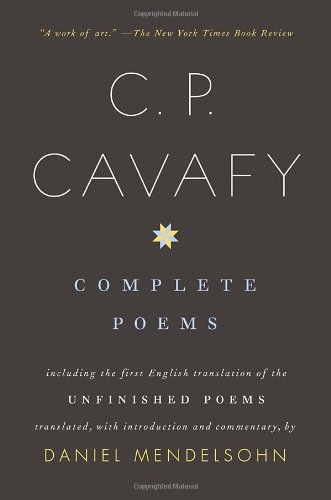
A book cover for Complete Poems; C.P. Cavafy; Gay & Lesbian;